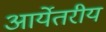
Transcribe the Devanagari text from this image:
आर्येतरीय